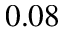
0 . 0 8